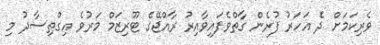
ވެރިކަމަށް ދެ އަހަރު ފުރެން ގާތްވެފައިވާއިރު ރާއްޖޭގެ ޓޫރިޒަމް މަރުވެ އިގްތިސާދު މި